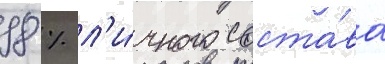
98 % л'и́чного соста́ва